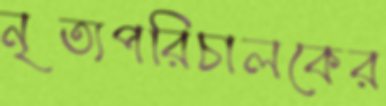
নৃত্যপরিচালকের